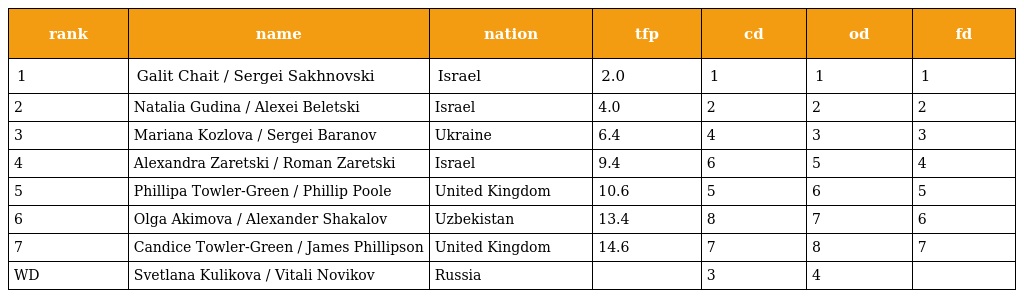
| rank | name | nation | tfp | cd | od | fd |
 | --- | --- | --- | --- | --- | --- | --- |
 | 1 | Galit Chait / Sergei Sakhnovski | Israel | 2.0 | 1 | 1 | 1 |
 | 2 | Natalia Gudina / Alexei Beletski | Israel | 4.0 | 2 | 2 | 2 |
 | 3 | Mariana Kozlova / Sergei Baranov | Ukraine | 6.4 | 4 | 3 | 3 |
 | 4 | Alexandra Zaretski / Roman Zaretski | Israel | 9.4 | 6 | 5 | 4 |
 | 5 | Phillipa Towler-Green / Phillip Poole | United Kingdom | 10.6 | 5 | 6 | 5 |
 | 6 | Olga Akimova / Alexander Shakalov | Uzbekistan | 13.4 | 8 | 7 | 6 |
 | 7 | Candice Towler-Green / James Phillipson | United Kingdom | 14.6 | 7 | 8 | 7 |
 | WD | Svetlana Kulikova / Vitali Novikov | Russia |  | 3 | 4 |  |